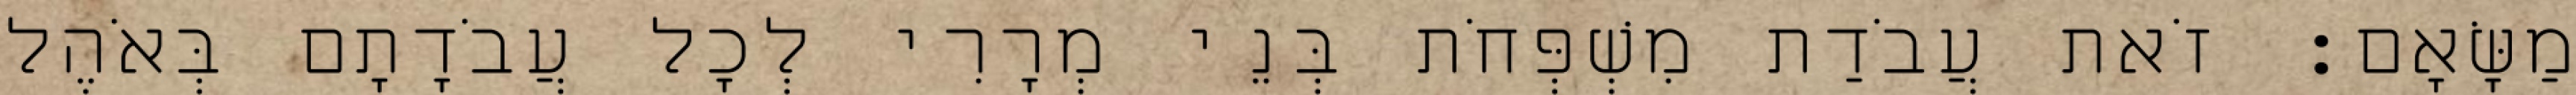
מַשָּׂאָם׃ זֹאת עֲבֹדַת מִשְׁפְּחֹת בְּנֵי מְרָרִי לְכָל עֲבֹדָתָם בְּאֹהֶל